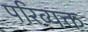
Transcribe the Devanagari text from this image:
परिव्यक्त